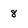
Character: 8